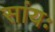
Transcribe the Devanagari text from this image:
सांयः